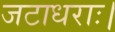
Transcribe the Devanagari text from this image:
जटाधराः।